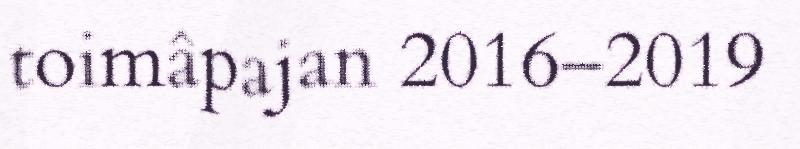
toimâpajan 2016–2019